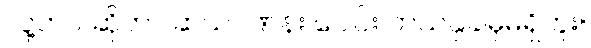
လူ့ဘဝ ဆိုတာ ဆယ်ဂဏန်း ပေါင်း ဘယ်နှခါမှမရှိဘူး။